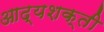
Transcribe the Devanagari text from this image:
आद्यशक्ती